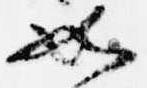
如